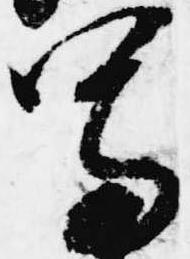
写